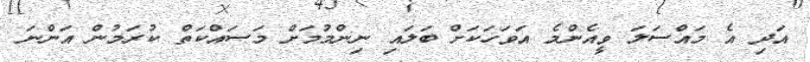
އަދި އެ މައްސަލަ ވީއެންމެ އަވަހަކަށް ބަލައި ނިންމުމަށް މަސައްކަތް ކުރަމުން އަންނަ